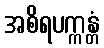
အစိရပက္ကန္တံ